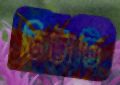
ভিটাটি